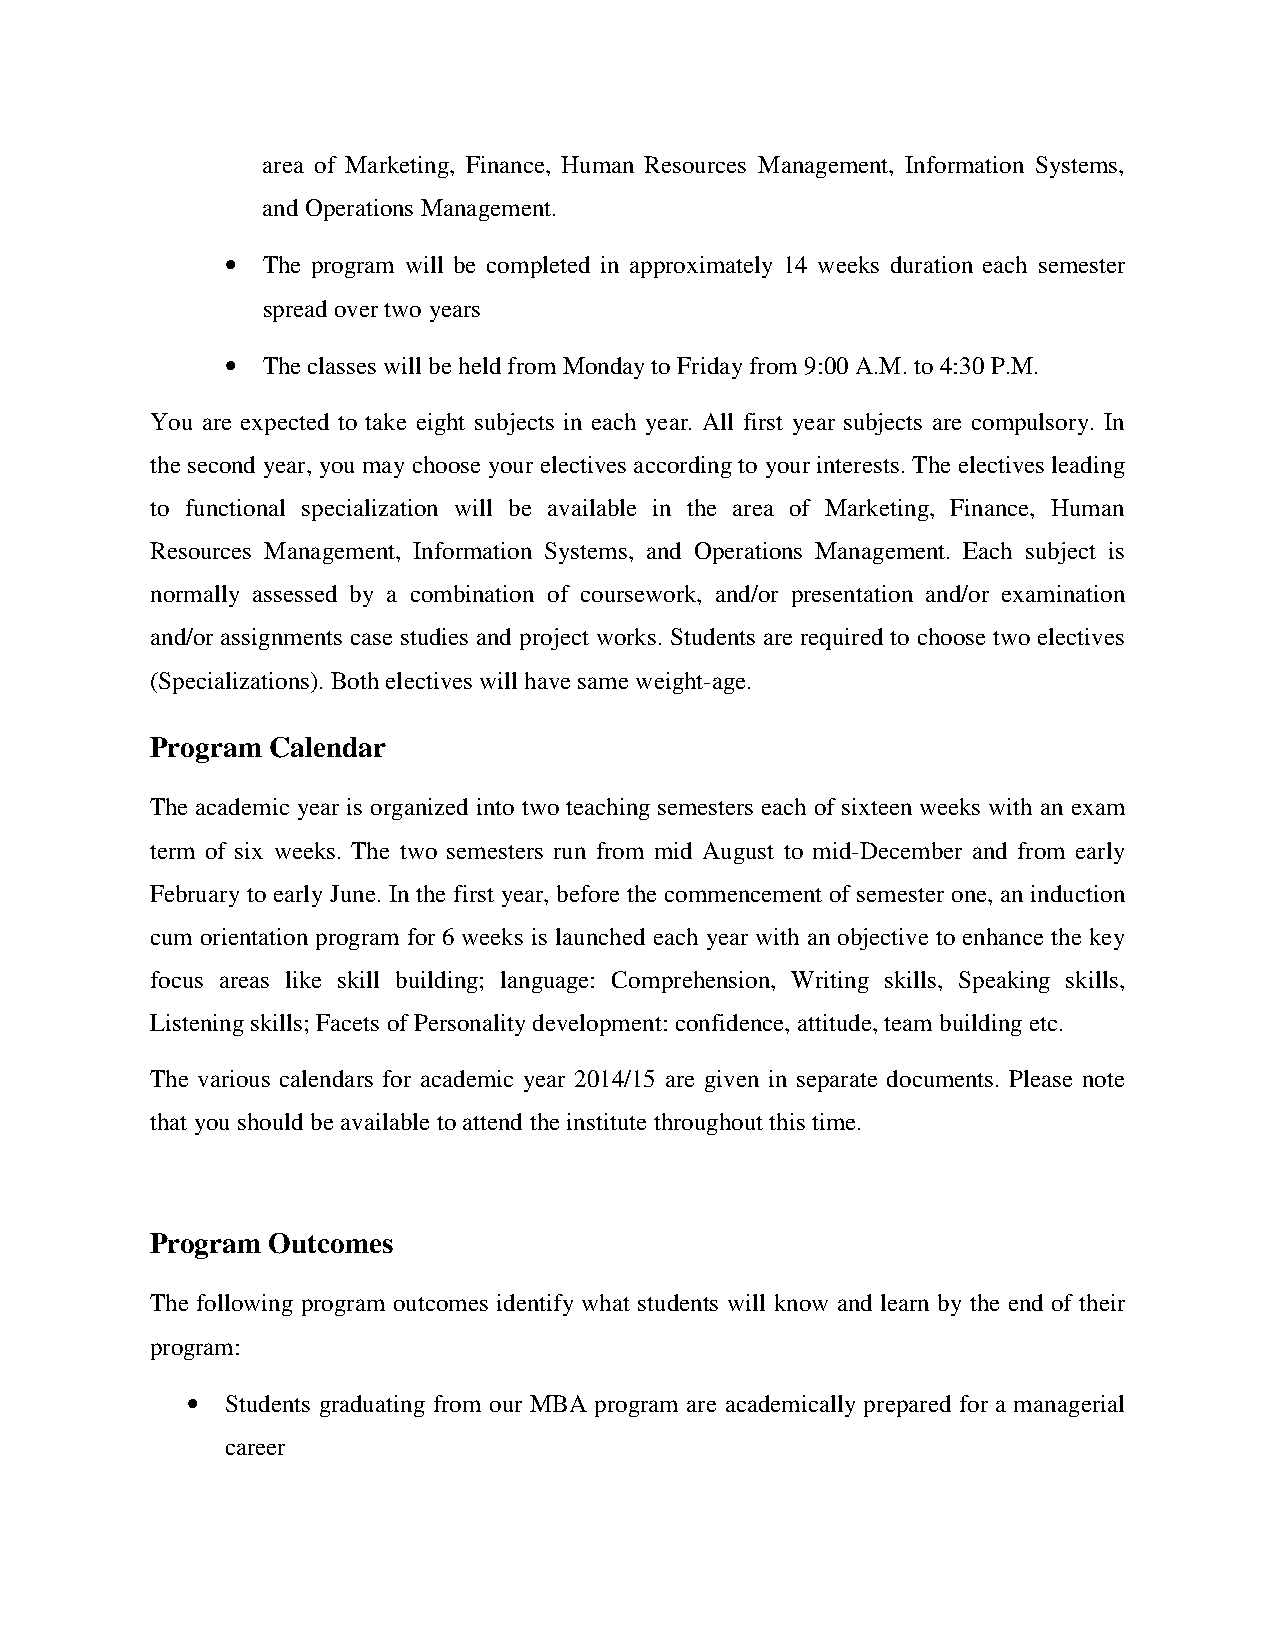
area of Marketing, Finance, Human Resources Management, Information Systems,
 and Operations Management.
 • The program will be completed in approximately 14 weeks duration each semester
 spread over two years
 • The classes will be held from Monday to Friday from 9:00 A.M. to 4:30 P.M.
 You are expected to take eight subjects in each year. All first year subjects are compulsory. In
 the second year, you may choose your electives according to your interests. The electives leading
 to functional specialization will be available in the area of Marketing, Finance, Human
 Resources Management, Information Systems, and Operations Management. Each subject is
 normally assessed by a combination of coursework, and/or presentation and/or examination
 and/or assignments case studies and project works. Students are required to choose two electives
 (Specializations). Both electives will have same weight-age.
 Program Calendar
 The academic year is organized into two teaching semesters each of sixteen weeks with an exam
 term of six weeks. The two semesters run from mid August to mid-December and from early
 February to early June. In the first year, before the commencement of semester one, an induction
 cum orientation program for 6 weeks is launched each year with an objective to enhance the key
 focus areas like skill building; language: Comprehension, Writing skills, Speaking skills,
 Listening skills; Facets of Personality development: confidence, attitude, team building etc.
 The various calendars for academic year 2014/15 are given in separate documents. Please note
 that you should be available to attend the institute throughout this time.
 Program Outcomes
 The following program outcomes identify what students will know and learn by the end of their
 program:
 •  Students graduating from our MBA program are academically prepared for a managerial
 career